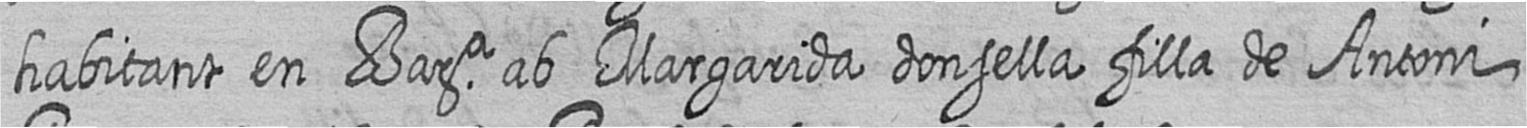
habitant en Bara ab Margarida donsella filla de Antoni